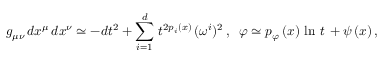
g _ { \mu \nu } \, d x ^ { \mu } \, d x ^ { \nu } \simeq - d t ^ { 2 } + \sum _ { i = 1 } ^ { d } \, t ^ { 2 p _ { i } ( x ) } \, ( \omega ^ { i } ) ^ { 2 } \, , \; \; \varphi \simeq p _ { \varphi } \, ( x ) \, \ln \, t \, + \psi \, ( x ) \, ,